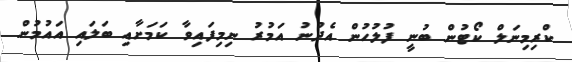
ކްރިމިނަލް ކޯޓުން ބުނީ ފުލުހުން އެދުނު އަމުރު ނިމިފައިވާ ކަމަށާއި ބަލައި އައުމުން